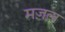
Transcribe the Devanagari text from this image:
मज़ल